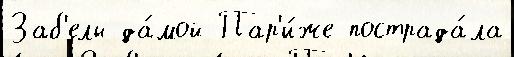
Заб'елы да́мой Пар'и́же пострада́ла